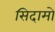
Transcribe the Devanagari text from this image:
सिदामो